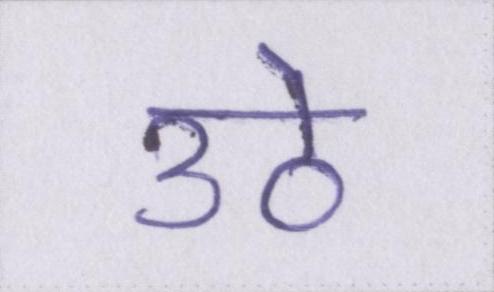
उठे